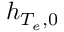
h _ { T _ { e } , 0 }